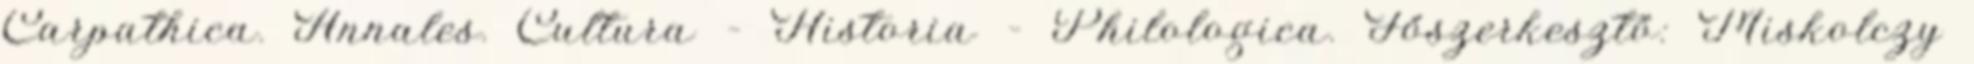
Carpathica. Annales. Cultura – Historia – Philologica. Főszerkesztő: Miskolczy